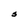
Character: s